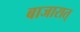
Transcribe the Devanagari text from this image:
बाजारात्‌